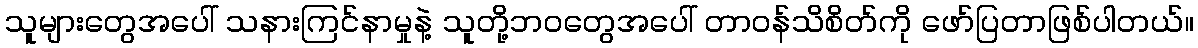
သူများတွေအပေါ် သနားကြင်နာမှုနဲ့ သူတို့ဘဝတွေအပေါ် တာဝန်သိစိတ်ကို ဖော်ပြတာဖြစ်ပါတယ်။